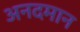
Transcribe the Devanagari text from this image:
अनदमान